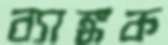
ব্যাঙ্কক